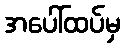
အပေါ်ထပ်မှ